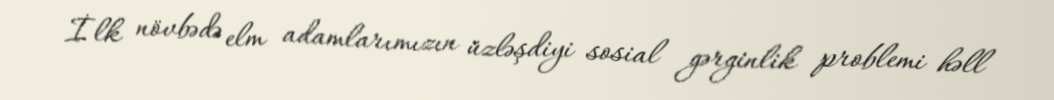
İlk növbədə elm adamlarımızın üzləşdiyi sosial gərginlik problemi həll